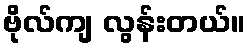
ဗိုလ်ကျ လွန်းတယ်။